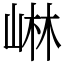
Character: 崊